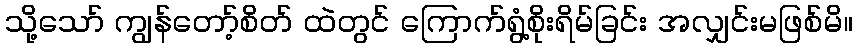
သို့သော် ကျွန်တော့်စိတ် ထဲတွင် ကြောက်ရွံ့စိုးရိမ်ခြင်း အလျှင်းမဖြစ်မိ။